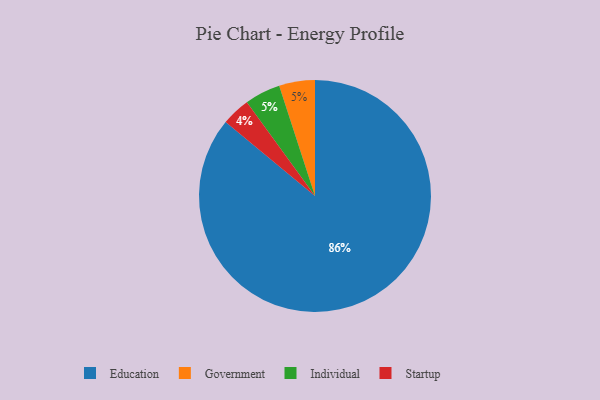
{"axis": {"x": "Category", "y": "Percentage"}, "legend": ["Education", "Government", "Individual", "Startup"], "data": [{"x": "Government", "y": 5, "type": "Government"}, {"x": "Individual", "y": 5, "type": "Individual"}, {"x": "Education", "y": 86, "type": "Education"}, {"x": "Startup", "y": 4, "type": "Startup"}]}